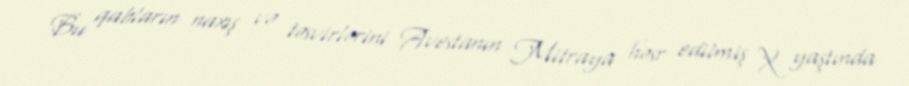
Bu qabların naxış və təsvirlərini Avestanın Mitraya həsr edilmiş X yaştında